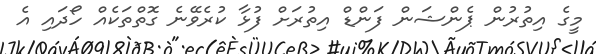
މީގެ އިތުރުން ޕެންޝަން ފަންޑް އިތުރަށް ފުޅާ ކުރެވޭނެ ގޮތްތަކެއް ހޯދައި އެ